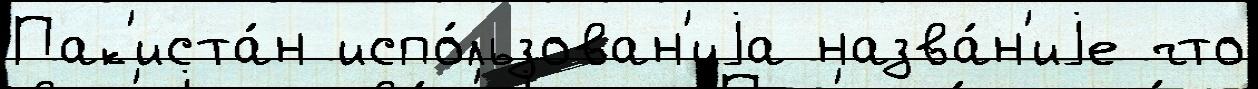
Пак'иста́н испо́льзован'иjа назва́н'иjе что